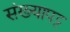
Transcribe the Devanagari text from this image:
संख्यापट्ट